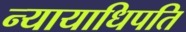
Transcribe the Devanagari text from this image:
न्यायाधिपति